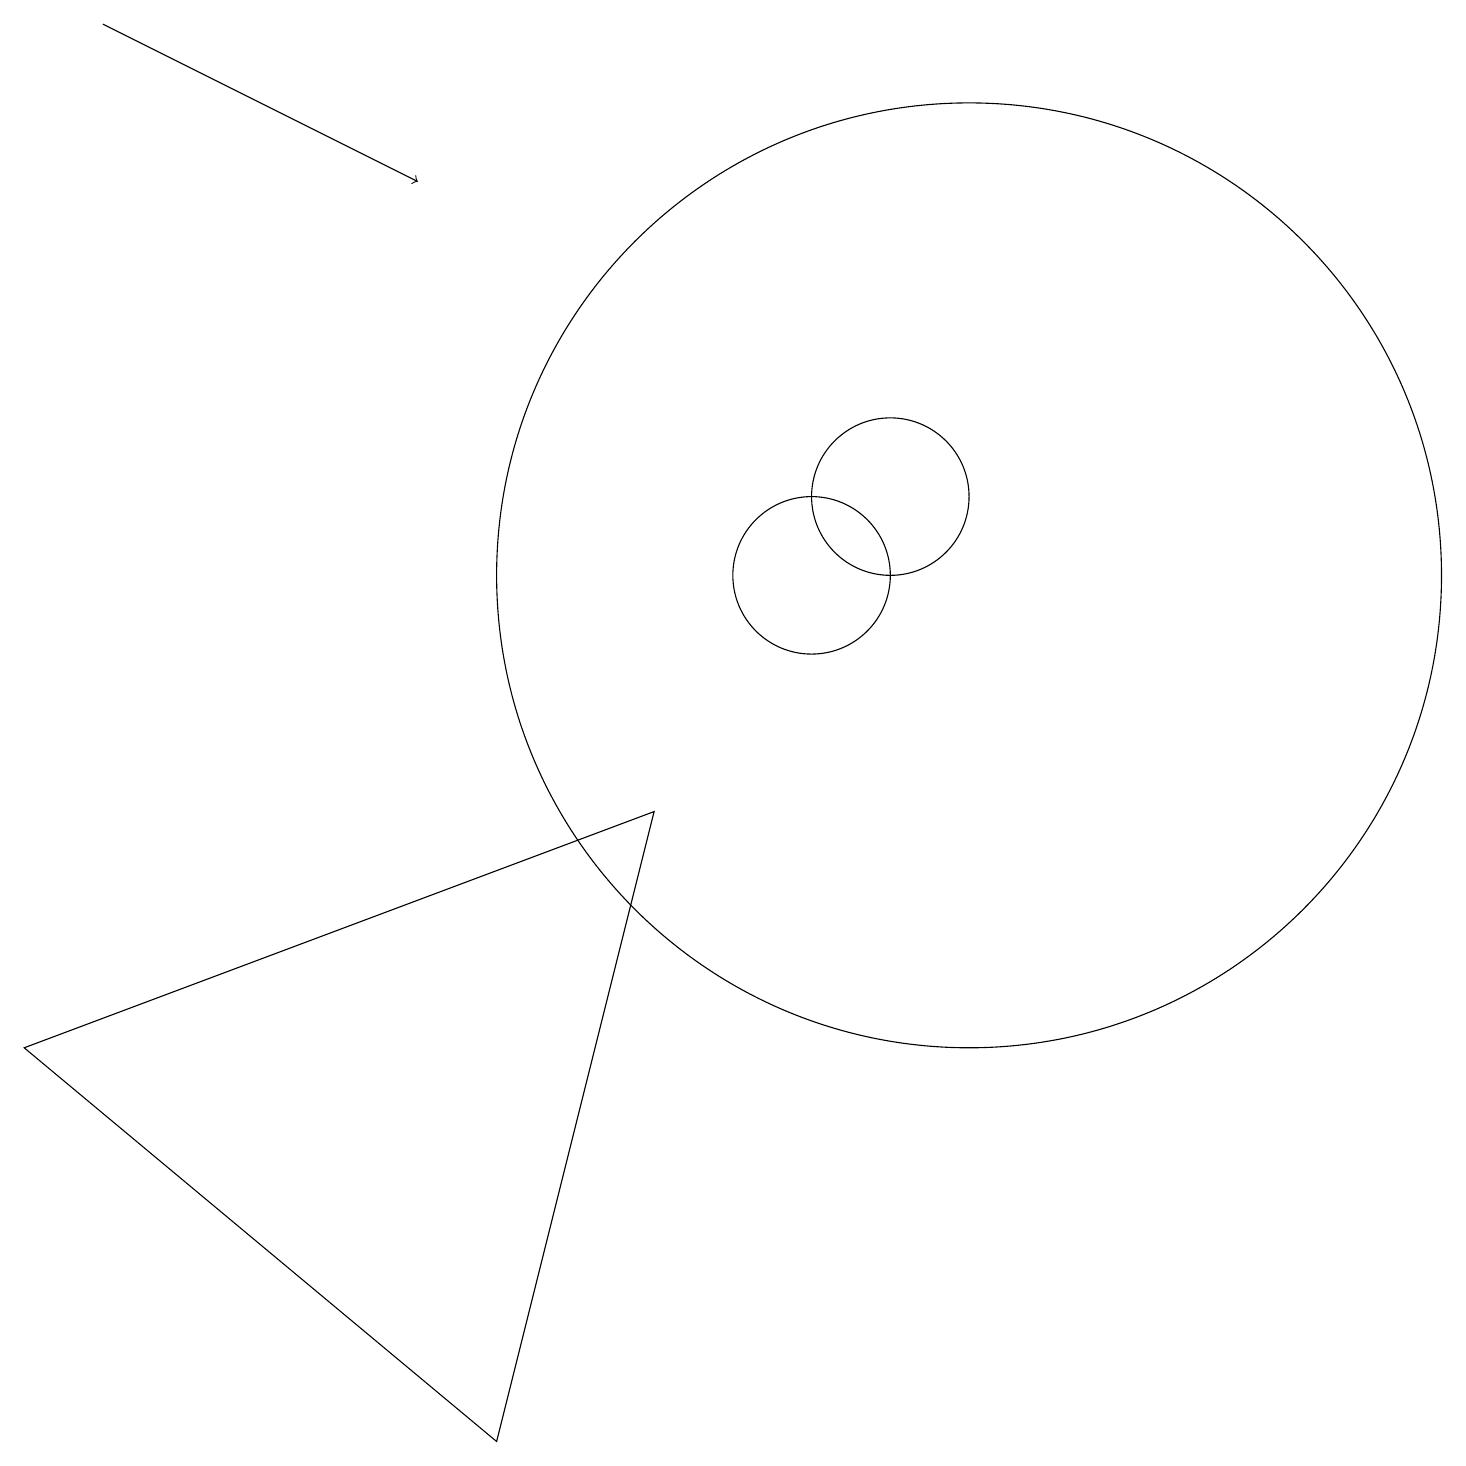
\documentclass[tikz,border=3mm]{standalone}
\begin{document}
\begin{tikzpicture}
\draw (11,12) circle (1);
\draw (11,11) circle (0);
\draw[->] (1,18) -- (5,16);
\draw (12,11) circle (6);
\draw (6,0) -- (8,8) -- (0,5) -- cycle;
\draw (10,11) circle (1);
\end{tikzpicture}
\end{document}